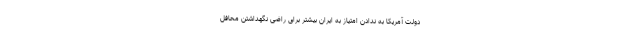
دولت آمریکا به ندادن امتیاز به ایران بیشتر برای راضی نگهداشتن محافل